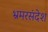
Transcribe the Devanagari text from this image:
भ्रमरसंदेश